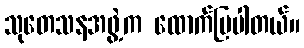
သုတေသနအဖွဲ့က ထောက်ပြပါတယ်။